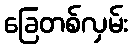
ခြေတစ်လှမ်း